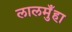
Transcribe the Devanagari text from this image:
लालमुँहा